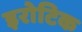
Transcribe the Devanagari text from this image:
इरोटिक